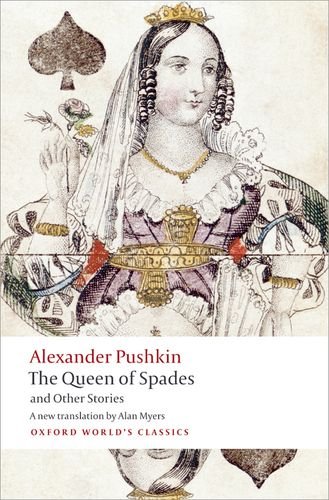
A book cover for Tales of the Late Ivan Petrovich Belkin, The Queen of Spades, The Captain's Daughter, Peter the Great's Blackamoor (Oxford World's Classics); Alexander Pushkin; Literature & Fiction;